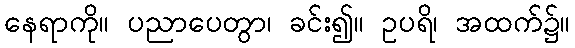
နေရာကို။ ပညာပေတွာ၊ ခင်း၍။ ဥပရိ၊ အထက်၌။